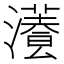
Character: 𤂡